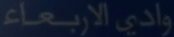
وادي الاربعاء